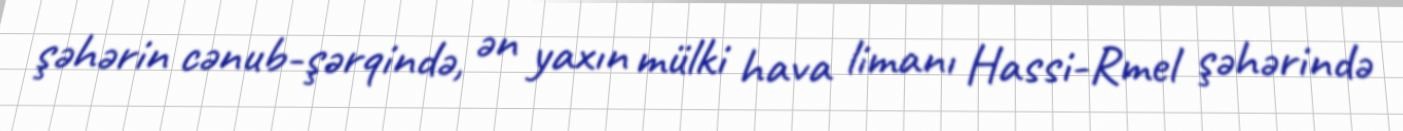
şəhərin cənub-şərqində, ən yaxın mülki hava limanı Hassi-Rmel şəhərində